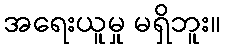
အရေးယူမှု မရှိဘူး။